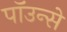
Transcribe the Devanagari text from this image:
पाॅउन्से